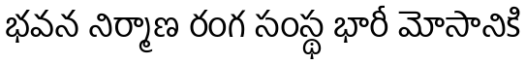
భవన నిర్మాణ రంగ సంస్థ భారీ మోసానికి